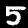
Digit: 5